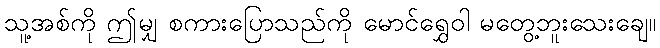
သူ့အစ်ကို ဤမျှ စကားပြောသည်ကို မောင်ရွှေဝါ မတွေ့ဘူးသေးချေ။